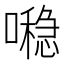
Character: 𪢖